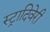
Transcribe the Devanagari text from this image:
स्ट्रादिवेरी